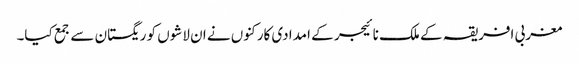
مغربی افریقہ کے ملک نائیجر کے امدادی کارکنوں نے ان لاشوں کو ریگستان سے جمع کیا۔